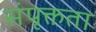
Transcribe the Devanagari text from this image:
संपृक्तता